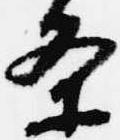
条